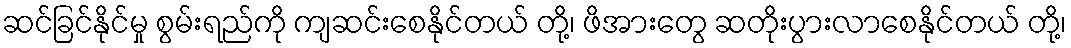
ဆင်ခြင်နိုင်မှု စွမ်းရည်ကို ကျဆင်းစေနိုင်တယ် တို့၊ ဖိအားတွေ ဆတိုးပွားလာစေနိုင်တယ် တို့၊